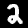
Digit: 2